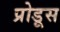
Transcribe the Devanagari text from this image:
प्रोडूस